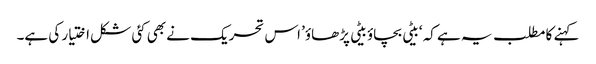
کہنے کا مطلب یہ ہے کہ ‘بیٹی بچاؤ بیٹی پڑھاؤ’ اس تحریک نے بھی کئی شکل اختیار کی ہے۔